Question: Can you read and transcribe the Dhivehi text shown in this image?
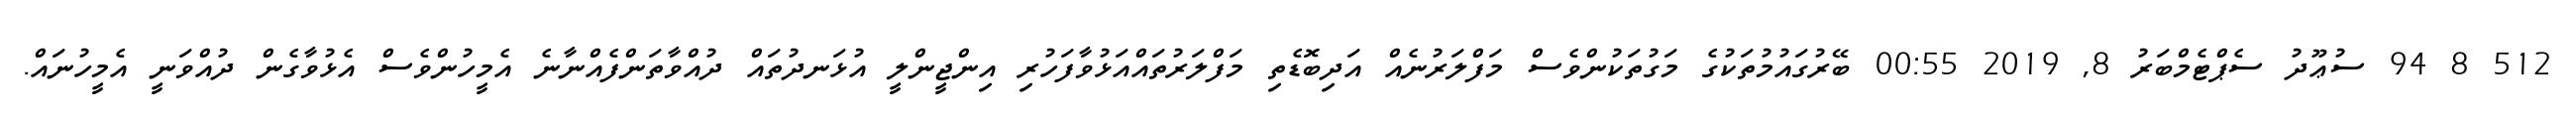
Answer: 512 8 94 ސުޢޫދު ސެޕްޓެމްބަރު 8, 2019 00:55 ބޭރުގައުމުތަކުގެ މަގުތަކުންވެސް މަފްލަރުނެއް އަދިބޮޑެތި މަފްލަރުތައްއަޅުވާފަހުރި އިންޖީންލީ އުޅަނދުތައް ދުއްވާތަންފެއްނާނެ އެމީހުންވެސް އެޅުވާގެން ދުއްވަނީ އެމީހުނައް.